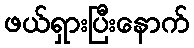
ဖယ်ရှားပြီးနောက်